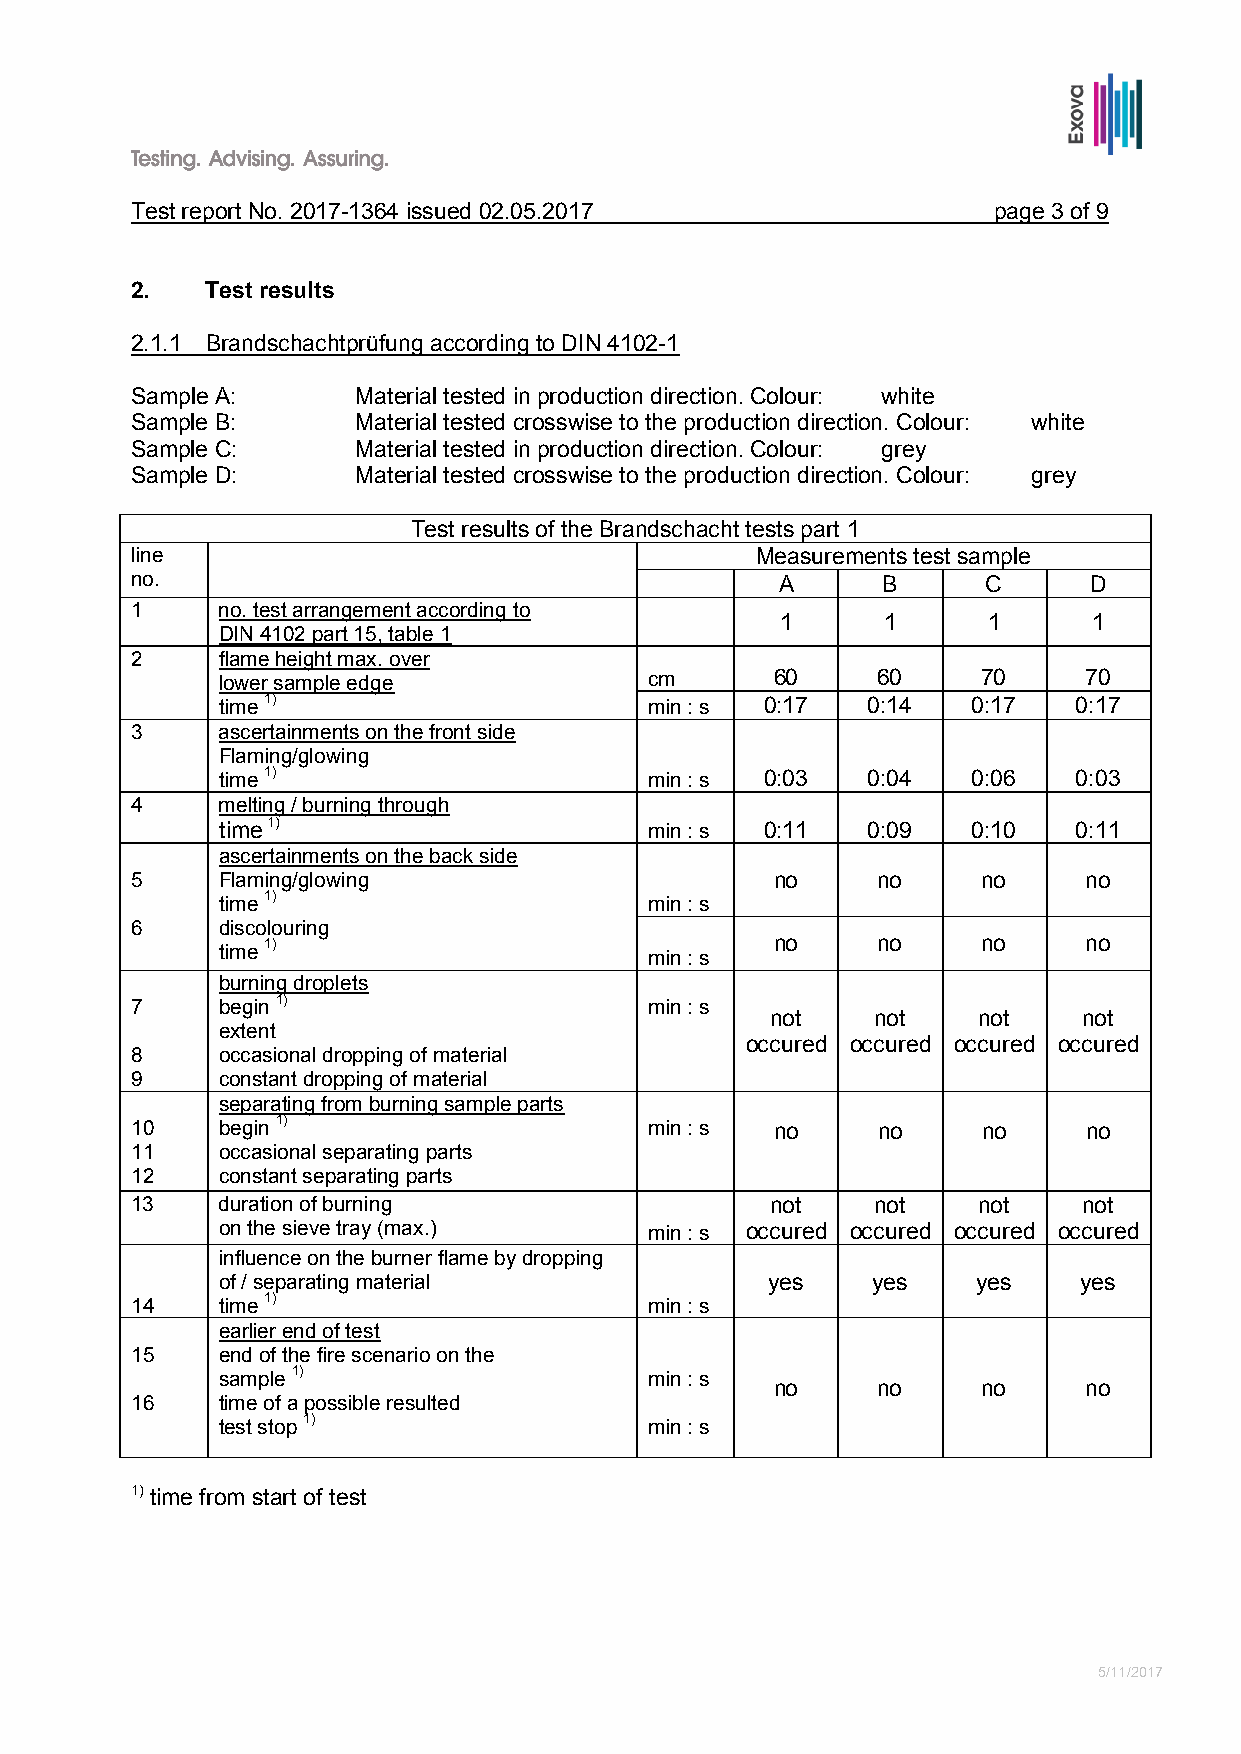
Test report No. 2017-1364 issued 02.05.2017              page 3 of 9
 2.   Test results
 2.1.1 Brandschachtprüfung according to DIN 4102-1
 Sample A:      Material tested in production direction. Colour: white
 Sample B:      Material tested crosswise to the production direction. Colour: white
 Sample C:      Material tested in production direction. Colour: grey
 Sample D:      Material tested crosswise to the production direction. Colour: grey
 Test results of the Brandschacht tests part 1
 line                                     Measurements test sample
 no.                                        A     B      C      D
 1    no. test arrangement according to
 1     1      1      1
 DIN 4102 part 15, table 1
 2    flame height max. over
 lower sample edge            cm      60     60     70     70
 time 1)                      min : s 0:17  0:14   0:17   0:17
 3    ascertainments on the front side
 Flaming/glowing
 time 1)                      min : s 0:03  0:04   0:06   0:03
 4    melting / burning through
 time 1)                      min : s 0:11  0:09   0:10   0:11
 ascertainments on the back side
 5    Flaming/glowing                      no     no     no     no
 time 1)                      min : s
 6    discolouring
 time 1)                      min : s no     no     no     no
 burning droplets
 7    begin 1)                     min : s
 not    not    not    not
 extent
 occured occured occured occured
 8    occasional dropping of material
 9    constant dropping of material
 separating from burning sample parts
 10   begin 1)                     min : s no     no     no     no
 11   occasional separating parts
 12   constant separating parts
 13   duration of burning                  not    not    not    not
 on the sieve tray (max.)     min : s occured occured occured occured
 influence on the burner flame by dropping
 of / separating material             yes    yes    yes   yes
 14   time 1)                      min : s
 earlier end of test
 15   end of the fire scenario on the
 sample 1)                    min : s
 no     no     no     no
 16   time of a possible resulted
 test stop 1)                 min : s
 1) time from start of test
 5/11/2017